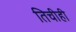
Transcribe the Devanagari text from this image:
तिचीही